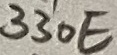
Text: 330E